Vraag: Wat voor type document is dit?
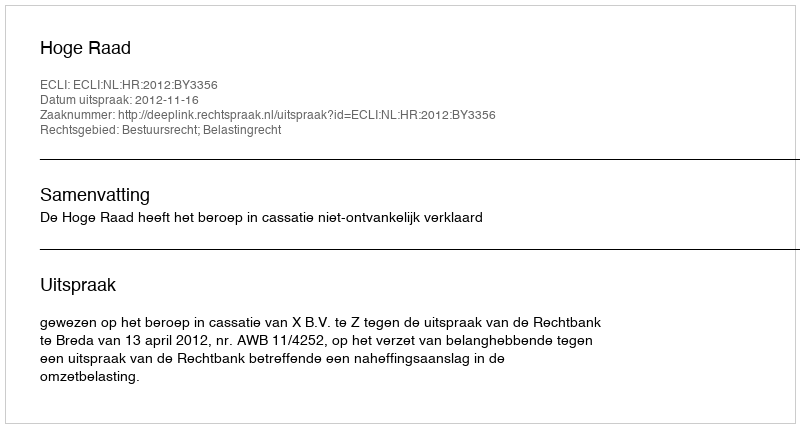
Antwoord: Uitspraak